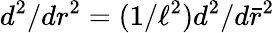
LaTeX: d^{2}/dr^{2}=(1/\ell^{2})d^{2}/d\bar{r}^{2}